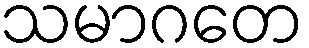
သမာဂတေ